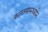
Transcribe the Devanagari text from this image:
कलासामर्थ्याने